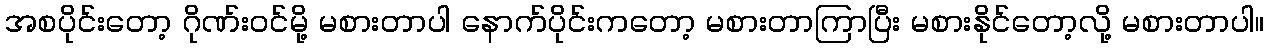
အစပိုင်းတော့ ဂိုဏ်းဝင်မို့ မစားတာပါ နောက်ပိုင်းကတော့ မစားတာကြာပြီး မစားနိုင်တော့လို့ မစားတာပါ။